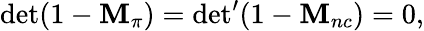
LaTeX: {\operatorname*{det}(1-\mathbf{M}_{\pi})={\operatorname*{det}}^{\prime}(1-\mathbf{M}_{nc})=0,}